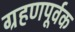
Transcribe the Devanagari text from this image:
ग्रहणपूर्वक